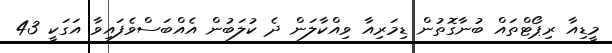
މީޑިއާ ރިޕޯޓްތައް ބުނާގޮތުން ޑިމަރިއާ ވިއްކާލަން ދެ ކުލަބުން އެއްބަސްވެފައިވާ އަގަކީ 43